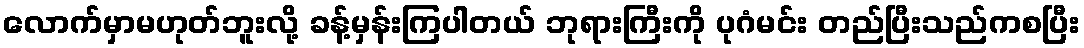
လောက်မှာမဟုတ်ဘူးလို့ ခန့်မှန်းကြပါတယ် ဘုရားကြီးကို ပုဂံမင်း တည်ပြီးသည်ကစပြီး